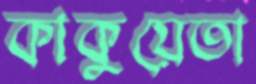
কাকুয়েতা